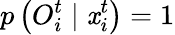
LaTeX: p\left({O}_{i}^{t}\mid{\mathit{x}}_{i}^{t}\right)=1